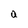
Character: a